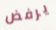
يرفض